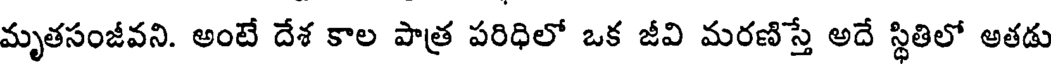
మృతసంజీవని. అంటే దేశ కాల పాత్ర పరిధిలో ఒక జీవి మరణిస్తే అదే స్థితిలో అతడు